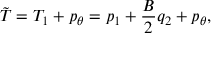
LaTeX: \tilde { T } = T _ { 1 } + p _ { \theta } = p _ { 1 } + \frac { B } { 2 } q _ { 2 } + p _ { \theta } ,